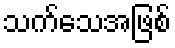
သက်သေအဖြစ်